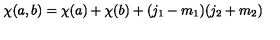
\chi ( a , b ) = \chi ( a ) + \chi ( b ) + ( j _ { 1 } - m _ { 1 } ) ( j _ { 2 } + m _ { 2 } )